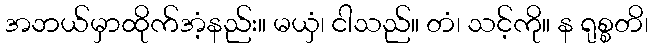
အဘယ်မှာထိုက်အံ့နည်း။ မယှံ၊ ငါသည်။ တံ၊ သင့်ကို။ န ရုစ္စတိ၊